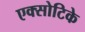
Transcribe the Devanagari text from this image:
एक्सोटिके